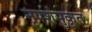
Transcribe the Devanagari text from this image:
नृपशंमुकृत